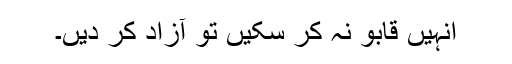
انہیں قابو نہ کر سکیں تو آزاد کر دیں۔